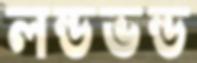
লন্ডভন্ড